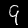
Label: 9